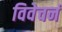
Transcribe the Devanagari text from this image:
विवेचनं